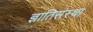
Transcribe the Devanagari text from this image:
ज्ञातिसंस्था